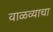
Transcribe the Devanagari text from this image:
वाळव्याचा